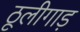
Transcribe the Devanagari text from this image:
ठूलीगाड़